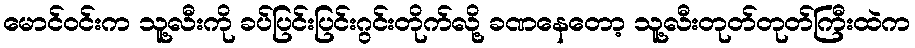
မောင်ဝင်းက သူ့လီးကို ခပ်ပြင်းပြင်းဂွင်းတိုက်လို့ ခဏနေတော့ သူ့လီးတုတ်တုတ်ကြီးထဲက